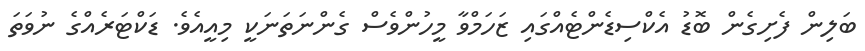
ބަލިން ފެށިގެން ބޮޑު އެކްސިޑެންޓެއްގައި ޒަހަމްވާ މީހުންވެސް ގެންނަތަނަކީ މިއީއެވެ. ޑަކްޓަރެއްގެ ނުވަތަ